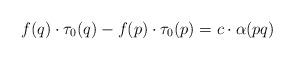
LaTeX: \begin{align*}f(q)\cdot\tau_0(q)-f(p)\cdot\tau_0(p)=c\cdot\alpha(pq)\end{align*}